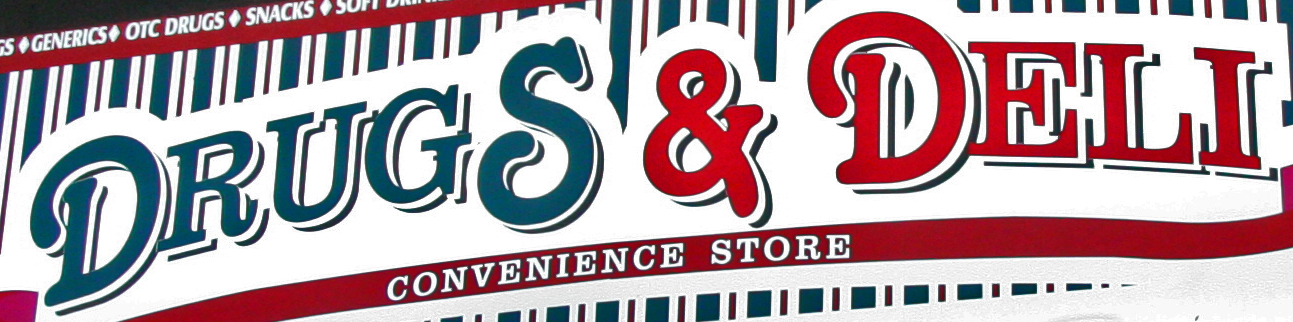
DRUGS & DELI